Maali_päevik, lk 9
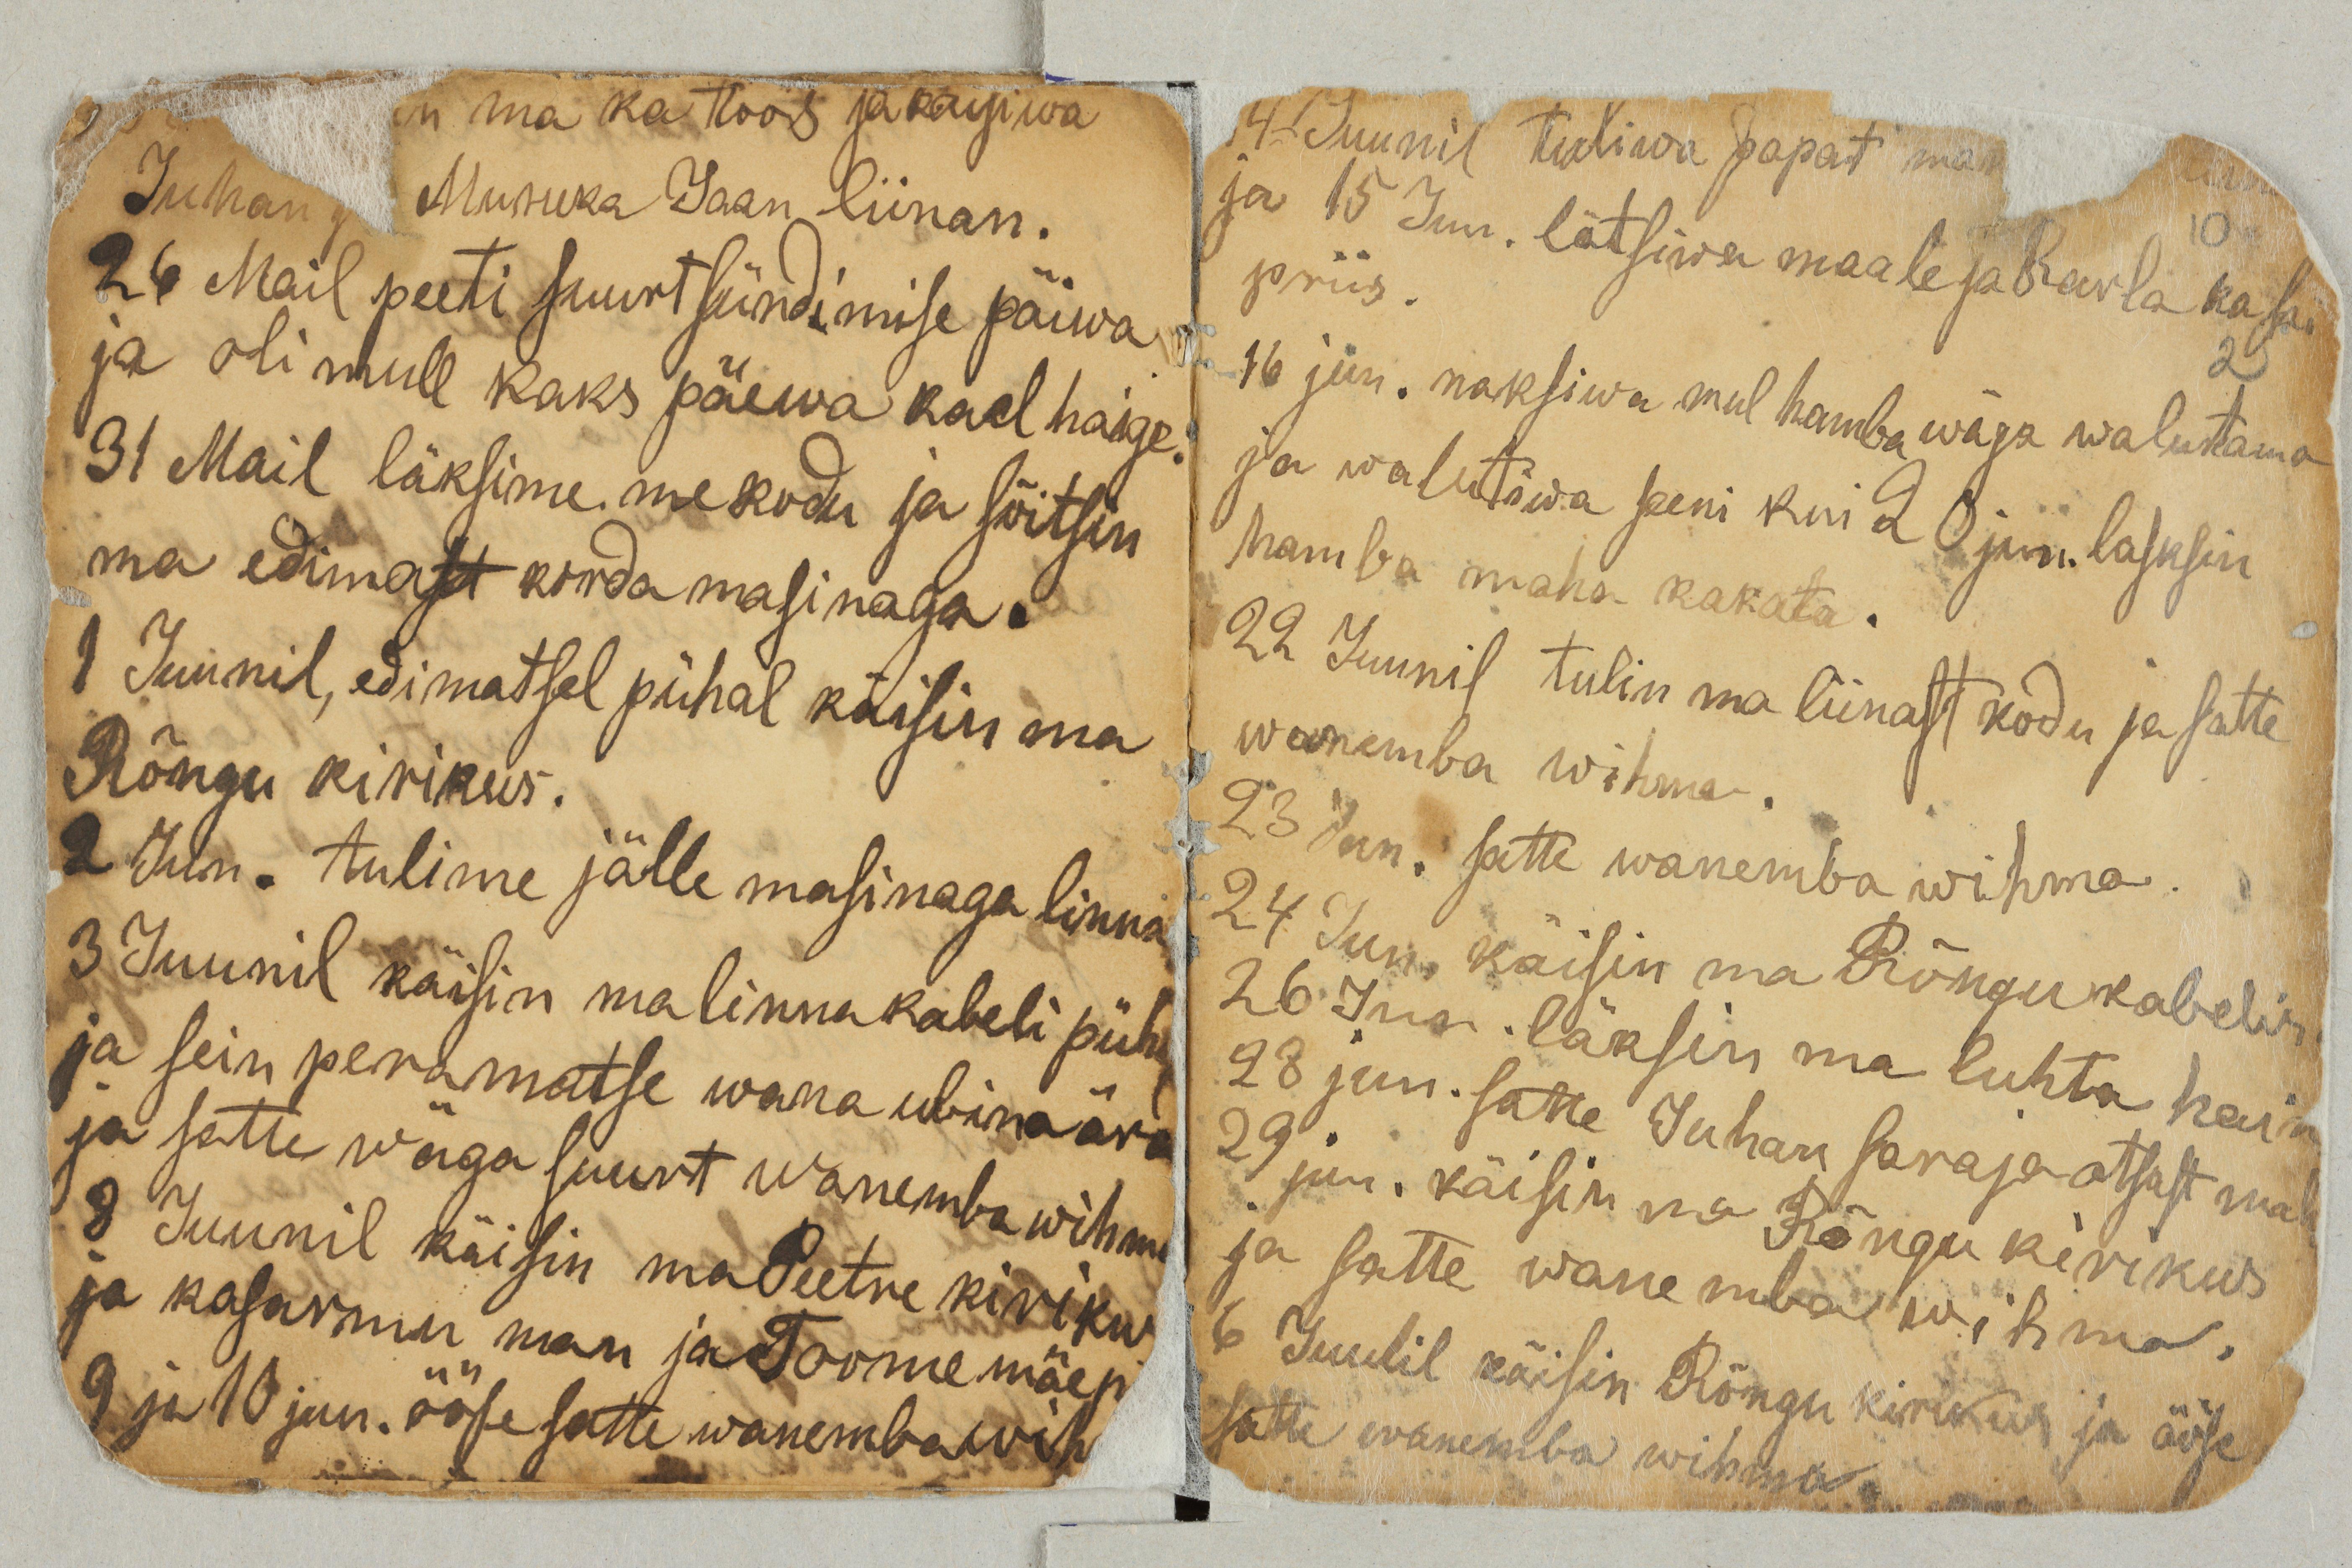
in ma koos ja käisiwa
Juhan ja Musuka Jaan liinan.
26 Mail peeti suurt sündimise päiwa
ja oli mull kaks päiwa kael haige.
31 Mail läksime me kodu ja sõitsin
ma edimast korda masinaga.
1 Juunil, edimatsel pühal käisin ma
Rõngu kirikus.
2 Jun. tulime jälle masinaga linna.
3 Juunil käisin ma linna kabeli püha
ja sein peramatse wana ubina ära
ja satte wäga suurt wanemba wihm
8 Juunil käisin ma Peetre kirikus
ja kasarmu man ja Toomemäe p
9 ja 10 jun. ööse satte wanemba wih

14 Juunil tuliwa papat ma
ja 15 Jun. lätsiwa maale ja Karla ka sai
priis.
16 jun. haksiwa mul hamba wäga walutama
ja walutiwa seni kuni 20 jun. lasksin
hamba maha kakata.
22 Juunil tulin ma liinast kodu ja satte
wanemba wihma.
23 Jun. satte wanemba wihma.
24 Jun. käisin ma Rõngu kabelis.
26 Jun. läksin ma luhta hain
28 Jun. satte Juhan saraja otsast mah
29 jun. käisin ma Rõngu kirikus
ja satte wanemba wihma.
6 Juulil käisin Rõngu kirikus ja ööse
satte wanemba wihma.